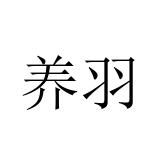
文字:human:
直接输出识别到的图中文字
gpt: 养羽